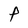
Character: p